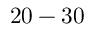
2 0 - 3 0